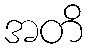
အတိ